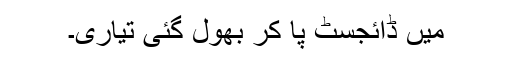
میں ڈائجسٹ پا کر بھول گئی تیاری۔